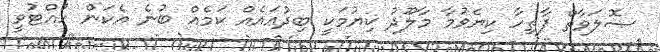
ޞޮލަވާތް ފާތިހާ ކިޔެވުމާ މާލޫދު ކިޔުމަކީ ބިދުޢައެއް ކަމެއް ބުނެ އެކަން ހުއްޓުވީ